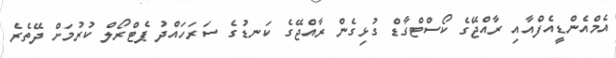
އެމްއެންޑީއެފްއާއި ރާއްޖޭގެ ކޯސްޓްގާޑް ގުޅިގެން ރާއްޖޭގެ ކަނޑުގެ ސަރަހައްދު ޕެޓްރޯލް ކުރުމަށް ދޭތެރެ